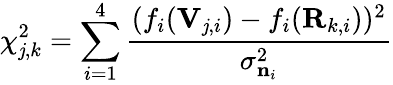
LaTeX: \chi_{\mathit{j},k}^{2}=\sum_{i=1}^{4}\frac{{(f_{i}(\mathbf{{V}}_{\mathit{j},i})-f_{i}(\mathbf{{R}}_{k,i}))^{2}}}{{\sigma_{\mathbf{{n}}_{i}}^{2}}}